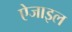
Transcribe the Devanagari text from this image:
ऐजाइल